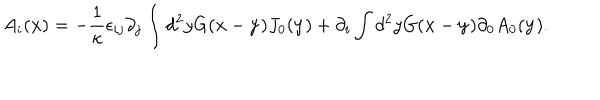
A _ { i } ( { \bf x } ) = - \frac { 1 } { \kappa } \epsilon _ { i j } \partial _ { j } \int d ^ { 2 } y G ( { \bf x } - { \bf y } ) J _ { 0 } ( { \bf y } ) + \partial _ { i } \int d ^ { 2 } y G ( { \bf x } - { \bf y } ) \partial _ { 0 } A _ { 0 } ( { \bf y } ) .